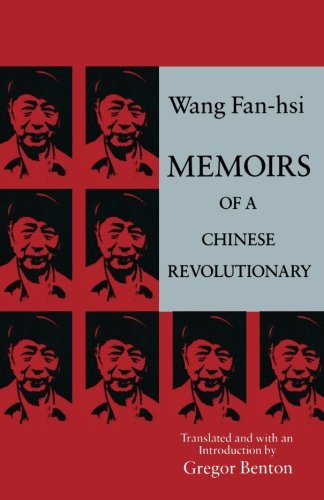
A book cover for Memoirs of a Chinese Revolutionary 1919-1949; Wang Fan-hsi; Biographies & Memoirs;